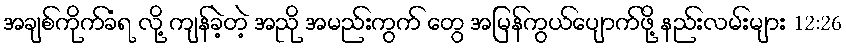
အချစ်ကိုက်ခံရ လို့ ကျန်ခဲ့တဲ့ အညို အမည်းကွက် တွေ အမြန်ကွယ်ပျောက်ဖို့ နည်းလမ်းများ 12:26